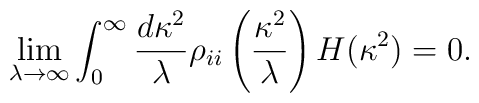
\lim_{\lambda \rightarrow \infty} \int_0 ^\infty \frac{d \kappa^2}{\lambda}\rho_{ii} \left(\frac{\kappa^2}{\lambda}\right) H(\kappa^2) =0.